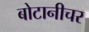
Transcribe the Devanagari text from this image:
बोटानीचर